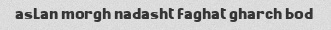
asLan morgh nadasht faghat gharch bod